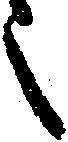
之